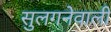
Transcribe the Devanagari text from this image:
सुलगनेवाली